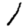
Digit: 1